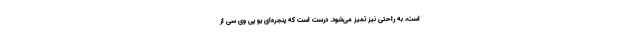
است، به راحتی نیز تمیز می‌شود. درست است که پنجره‌ای یو پی وی سی از